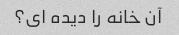
آن خانه را دیده ای؟